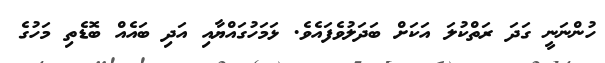
ހުންނަނީ ގަދަ ރަތްކުލަ އަކަށް ބަދަލުވެފައެވެ. ޅަމަހުގައްޔާއި އަދި ބައެއް ބޮޑެތި މަހުގެ